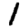
Digit: 1